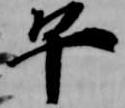
午